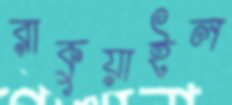
রাকুয়াইল